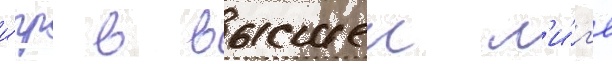
и́гр в высшеи л'и́г'е